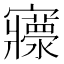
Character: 𡬄